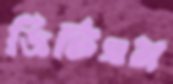
ডিটিএম